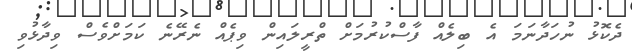
ދެކޮޅު ނުހަދާނަމަ އެ ބިލެއް ފާސްކުރުމަށް ތްރީލައިން ވިޕެއް ނެރޭނެ ކަމަށްވެސް ވިދާޅުވި